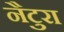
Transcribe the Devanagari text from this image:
नैटुरा